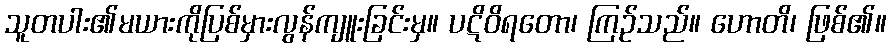
သူတပါး၏မယားကိုပြစ်မှားလွန်ကျူးခြင်းမှ။ ပဋိဝိရတော၊ ကြဉ်သည်။ ဟောတိ၊ ဖြစ်၏။